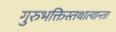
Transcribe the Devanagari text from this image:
गुरुभक्तिस्तथात्यान्ता